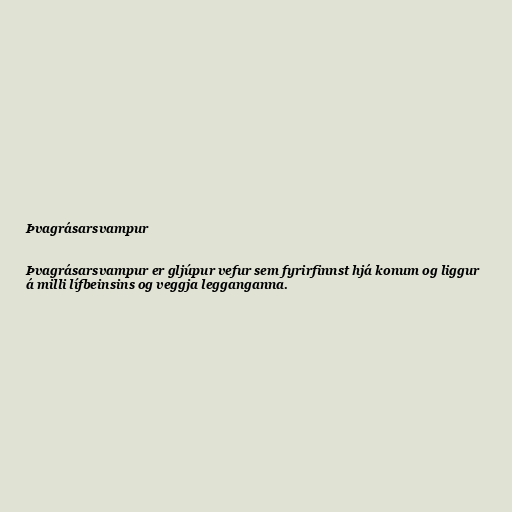
Þvagrásarsvampur

Þvagrásarsvampur er gljúpur vefur sem fyrirfinnst hjá konum og liggur
á milli lífbeinsins og veggja legganganna.